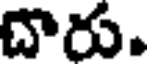
దారు.